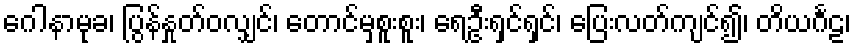
ဂေါနာမုခ၊ ပြွန်နှုတ်ဝလျှင်၊ တောင်မှစူးစူး၊ ရေဦးရှင်ရှင်၊ ပြေးလတ်ကျင်၍၊ တိယင်္ဂဠ၊